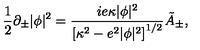
\! \! \! \! \! \! \! \! { \frac { 1 } { 2 } } \partial _ { \pm } | \phi | ^ { 2 } = { \frac { i e \kappa | \phi | ^ { 2 } } { \left[ \kappa ^ { 2 } - e ^ { 2 } | \phi | ^ { 2 } \right] ^ { 1 / 2 } } } \tilde { A } _ { \pm } ,